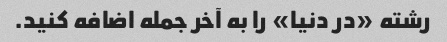
رشته «در دنیا» را به آخر جمله اضافه کنید.